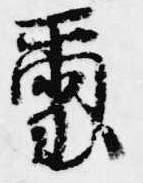
璽